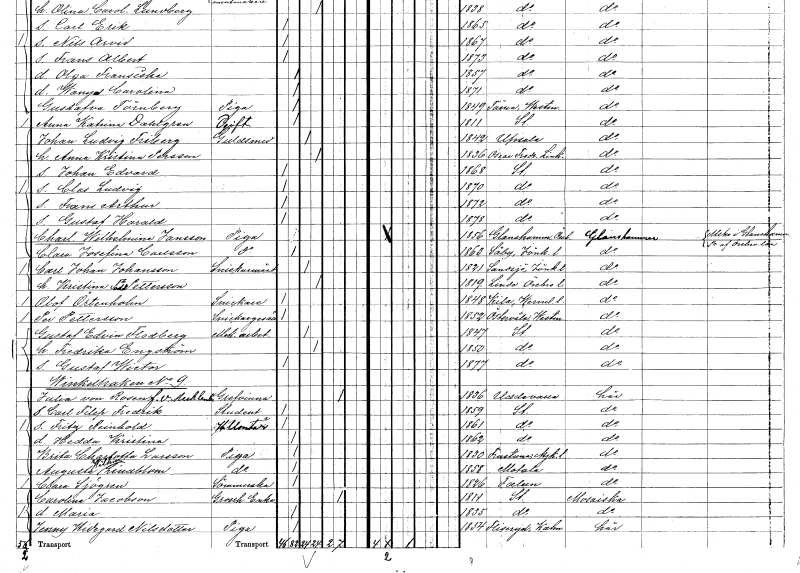
gt_parse: households: individuals: FN: Frans Arthur
KON: M
CIV: O
FODAR: 1872
FODFORS: Stockholm
FN: Gustaf Harald
KON: M
CIV: O
FODAR: 1878
FODFORS: Stockholm
FN: Charlotta Wilhelmina
EN: Jansson
YRKE: Piga
KON: K
CIV: O
FODAR: 1856
FODFORS: Glanshammar Örebro län
FN: Clara Josefina
EN: Carlsson
YRKE: Piga
KON: K
CIV: O
FODAR: 1863
FODFORS: Säby Jönköpings län
FN: Carl Johan
EN: Johansson
YRKE: Snickaremästare
KON: M
CIV: G
FODAR: 1821
FODFORS: Sandsjö Jönköpings län
FN: Kristina
EN: Pettersson
KON: K
CIV: G
FODAR: 1819
FODFORS: Linde bergsförsamling Örebro län
FN: Olof
EN: Örtenholm
YRKE: Snickare
KON: M
CIV: O
FODAR: 1848
FODFORS: Kila Värmlands län
FN: Per
EN: Pettersson
YRKE: Snickaregesäll
KON: M
CIV: O
FODAR: 1852
FODFORS: Östervåla Västmanlands län
FN: Gustaf Edvin
EN: Flodberg
YRKE: Mekanikerarbetare
KON: M
CIV: G
FODAR: 1847
FODFORS: Stockholm
FN: Fredrika
EN: Engström
KON: K
CIV: G
FODAR: 1850
FODFORS: Stockholm
FN: Gustaf Wictor
KON: M
CIV: O
FODAR: 1877
FODFORS: Stockholm
FN: Julia
EN: von Rosen v. Mecklenb.
KON: K
CIV: E
FODAR: 1836
FODFORS: Uddevalla Göteborgs- och Bohuslän
FN: Carl Filip Fredrik
YRKE: Student
KON: M
CIV: O
FODAR: 1859
FODFORS: Stockholm
FN: Fritz Reinhold
YRKE: Volontär armén o flottan
KON: M
CIV: O
FODAR: 1861
FODFORS: Stockholm
FN: Hedda Kristina
KON: K
CIV: O
FODAR: 1862
FODFORS: Stockholm
FN: Brita Charlotta
EN: Larsson
YRKE: Piga
KON: K
CIV: O
FODAR: 1830
FODFORS: Frustuna Södermanlands län
FN: Augusta Wilhelmina
EN: Lindblom
YRKE: Piga
KON: K
CIV: O
FODAR: 1858
FODFORS: Motala Östergötlands län
FN: Clara
EN: Sjögren
YRKE: Sömmerska
KON: K
CIV: O
FODAR: 1826
FODFORS: Falun Kopparbergs län
FN: Carolina
EN: Jacobson
YRKE: Grosshandlareänka
KON: K
CIV: E
FODAR: 1811
FODFORS: Stockholm
FN: Maria
KON: K
CIV: O
FODAR: 1835
FODFORS: Stockholm
FN: Jenny Hildegard
EN: Nilsdotter
YRKE: Piga
KON: K
CIV: O
FODAR: 1854
FODFORS: Fliseryd Kalmar län